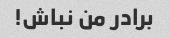
برادر من نباش!